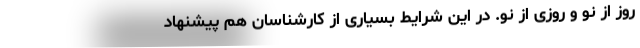
روز از نو و روزی از نو. در این شرایط بسیاری از کارشناسان هم پیشنهاد